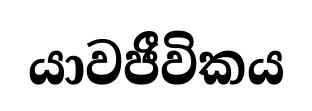
යාවජීවිකය